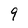
Character: 9